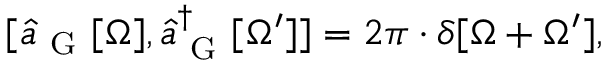
[ \hat { a } _ { \mathrm { ~ G ~ } } [ \Omega ] , \hat { a } _ { \mathrm { ~ G ~ } } ^ { \dagger } [ \Omega ^ { \prime } ] ] = 2 \pi \cdot \delta [ \Omega + \Omega ^ { \prime } ] ,